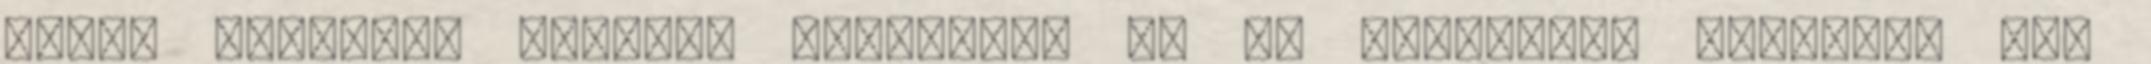
Jézus egyetlen egyszer használja az új szövetség fogalmat Luk